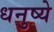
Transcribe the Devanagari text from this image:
धनुष्ये